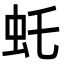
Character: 虴